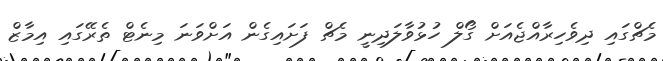
މެޗްގައި ދިވެހިރާއްޖެއަށް ގޯލް ހުޅުވާލަދިނީ މެޗް ފަށައިގެން އަށްވަނަ މިނެޓް ތެރޭގައި އިމާޒް